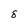
Character: 8